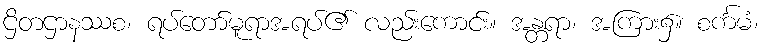
ဌိတဌာနဿစ၊ ရပ်တော်မူရာအရပ်၏ လည်းကောင်း။ အန္တရာ၊ အကြား၌။ စင်္ကမံ၊